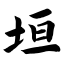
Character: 垣